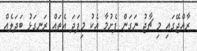
ރާއްޖޭގައި މި ޗާޖު ނަގަން ފެށުމާ އެކު މިފަދަ އެތައް ރަނގަޅު ބަދަލެއް